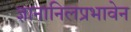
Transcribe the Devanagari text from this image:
ज्ञानानिलप्रभावेन